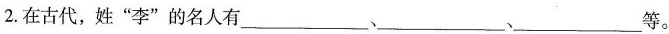
2.在古代，姓“李”的名人有__、__、__、等。